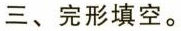
三、完形填空。